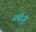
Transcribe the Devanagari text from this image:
नमीज़